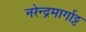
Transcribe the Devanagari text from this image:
नरेन्द्रमार्गाट्ट